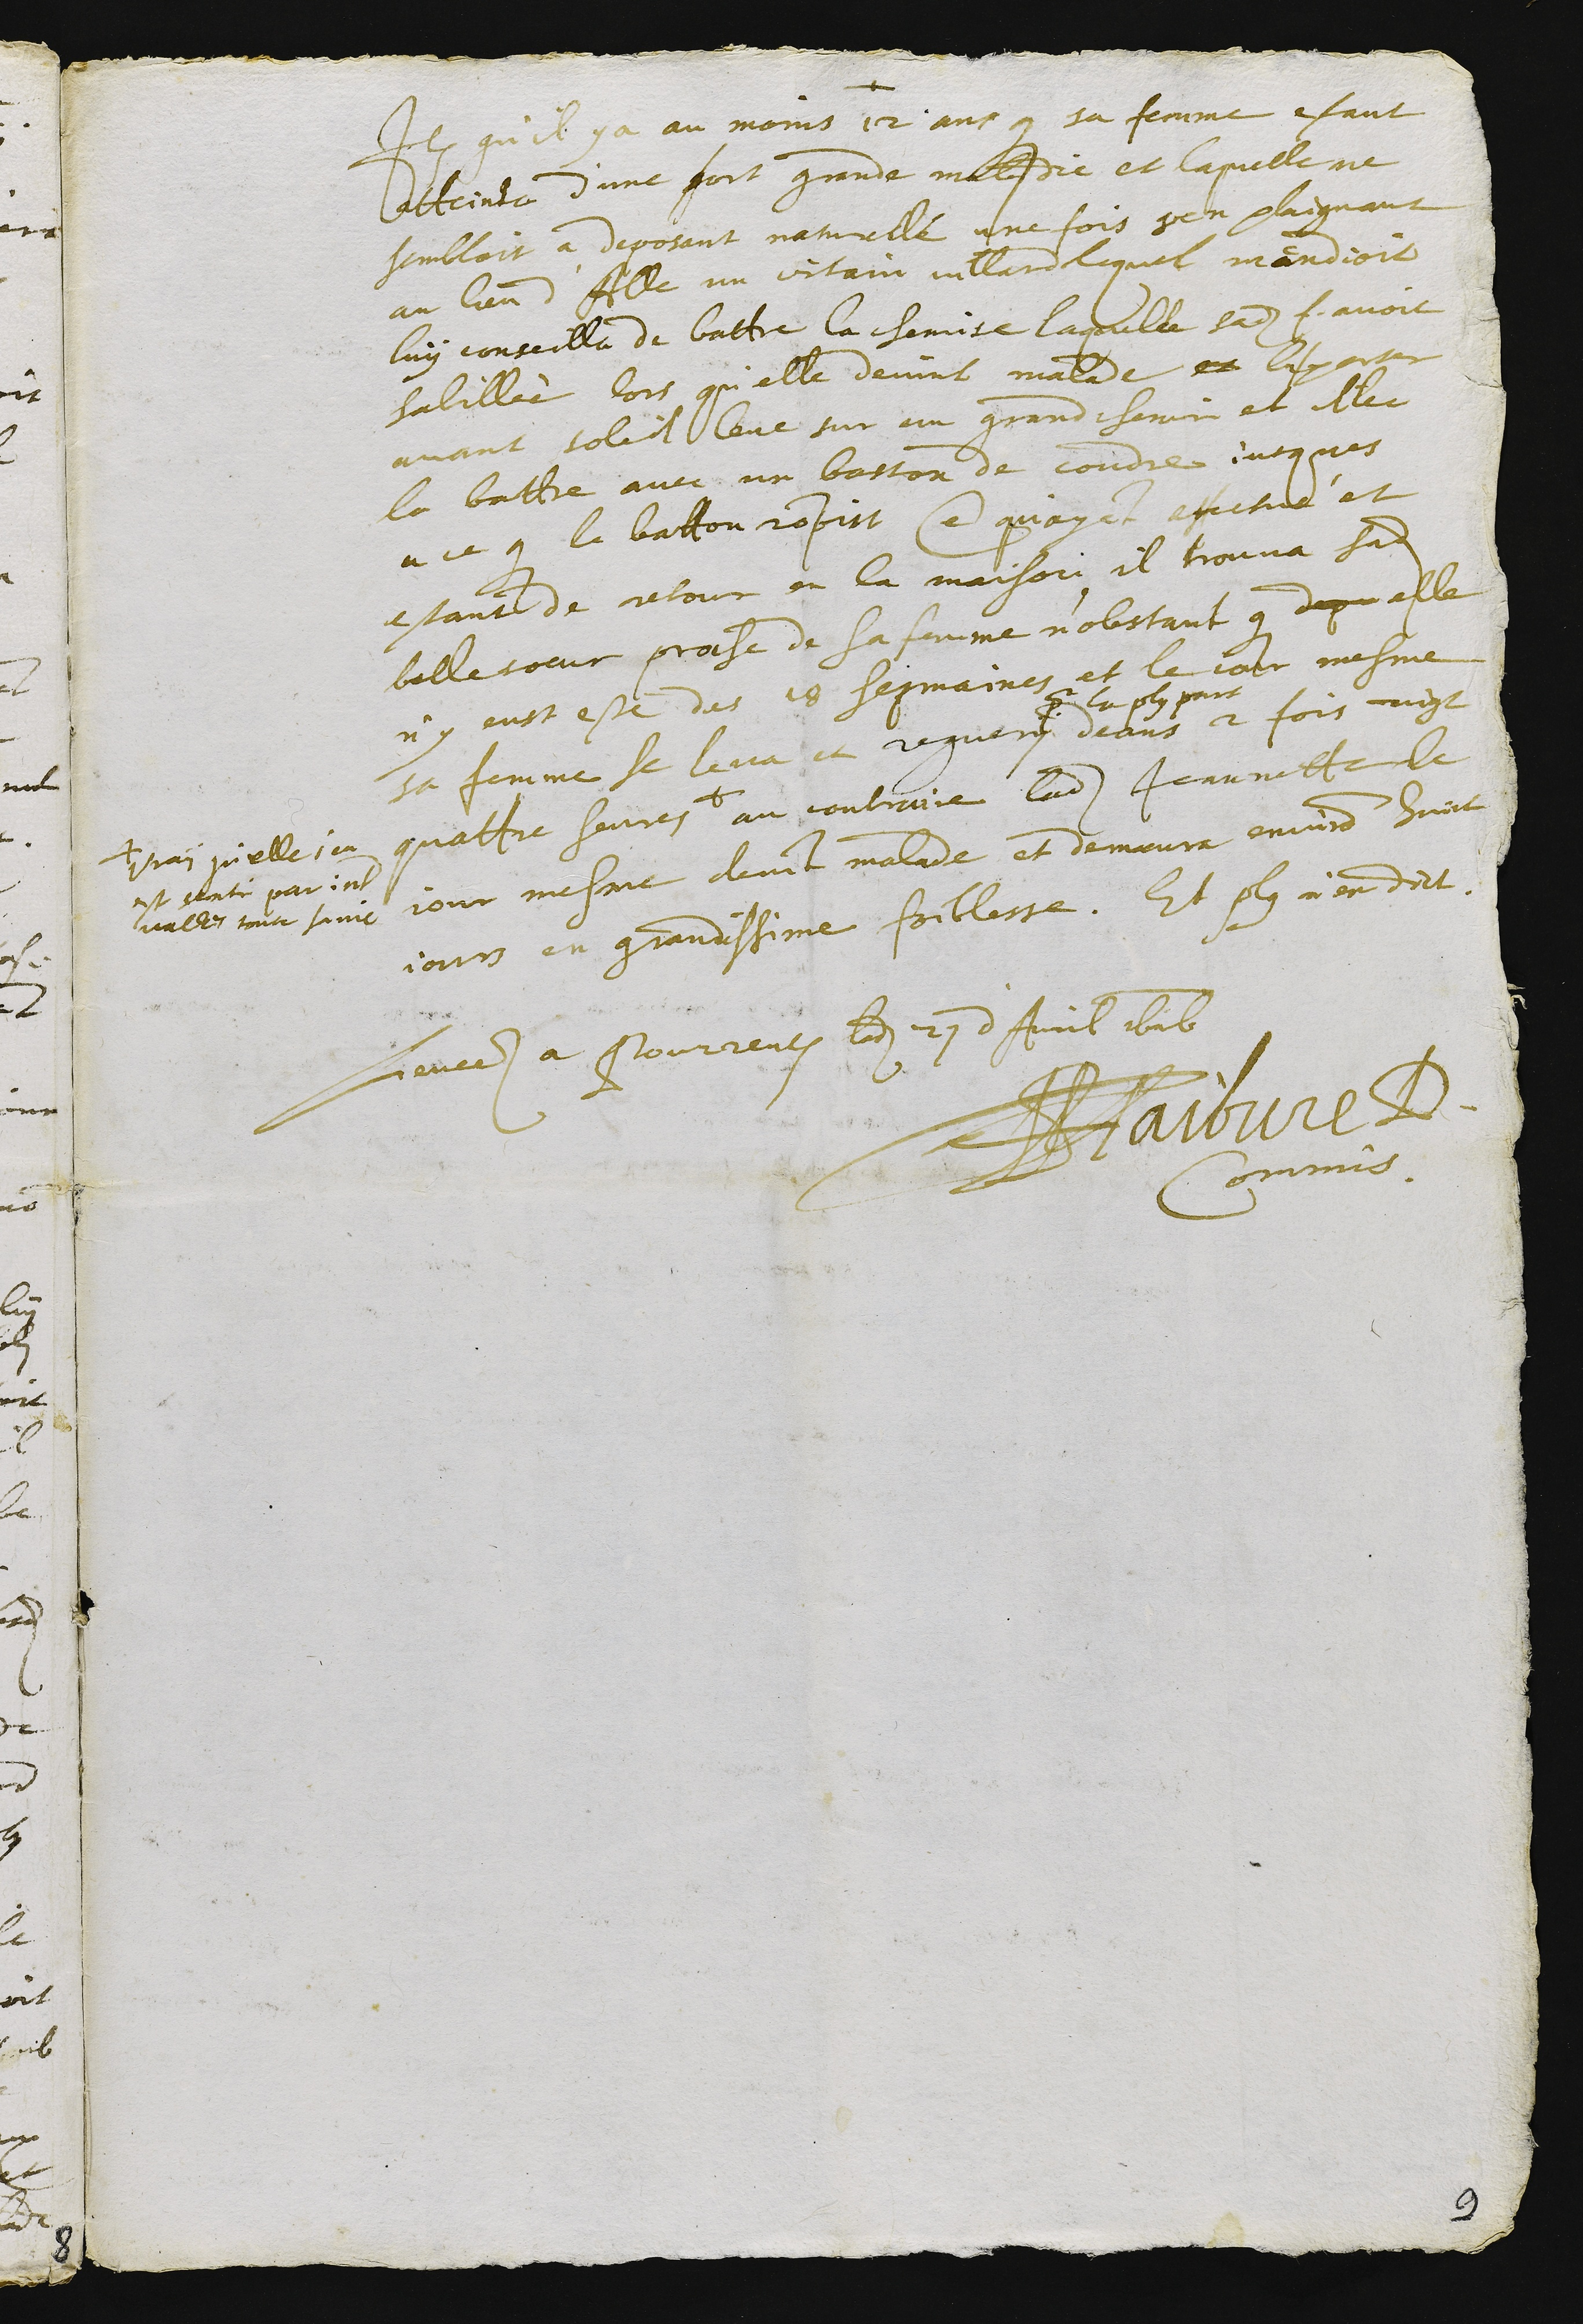
Item qu'il y a au moins 12 ans que sa femme estant
atteinte d'une fort grand maladie et laquelle ne
sembloit a deposant naturelle une fois sen plaignant
au lieu d'Alle un certain vellard lequel mendioit
luy conseilla de battre la chemise laquelle sadite f. avoit
habillée lors qu'elle devint malade et la porter
avant soleil leve sur un grand chemin et illec
la battre avec un baston de coudre jusques
a ce que le batton rompist Ce qu'ayant effectué et
estant de retour en la maison il trouva sadite
belle soeur proche de sa femme n'obstant que depu elle
n'y eust este des 18 sepmaines et le jour mesme
sa femme se leva et regueruy
pour la pluspart
deans 2 fois vingt
quattre heures +
+ vray qu'elle s'en
est senti par inter
valles toute sa vie
au contraire ladite Jeannette le
jour mesme devint malade et demeura environ huict
jours en grandissime foiblesse. Et plus n'en dict.
Levees a Pourrentruy ledit 27 d'Avril 1616
JPFaibvre D.
Commis.